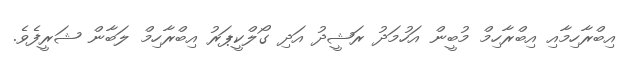
އިބްރާހިމާއި އިބްރާހިމް މުބީން އަހުމަދު ރަޝީދު އަދި ގޯލްކީޕަރު އިބްރާހިމް ލަބާން ޝަރީފެވެ.